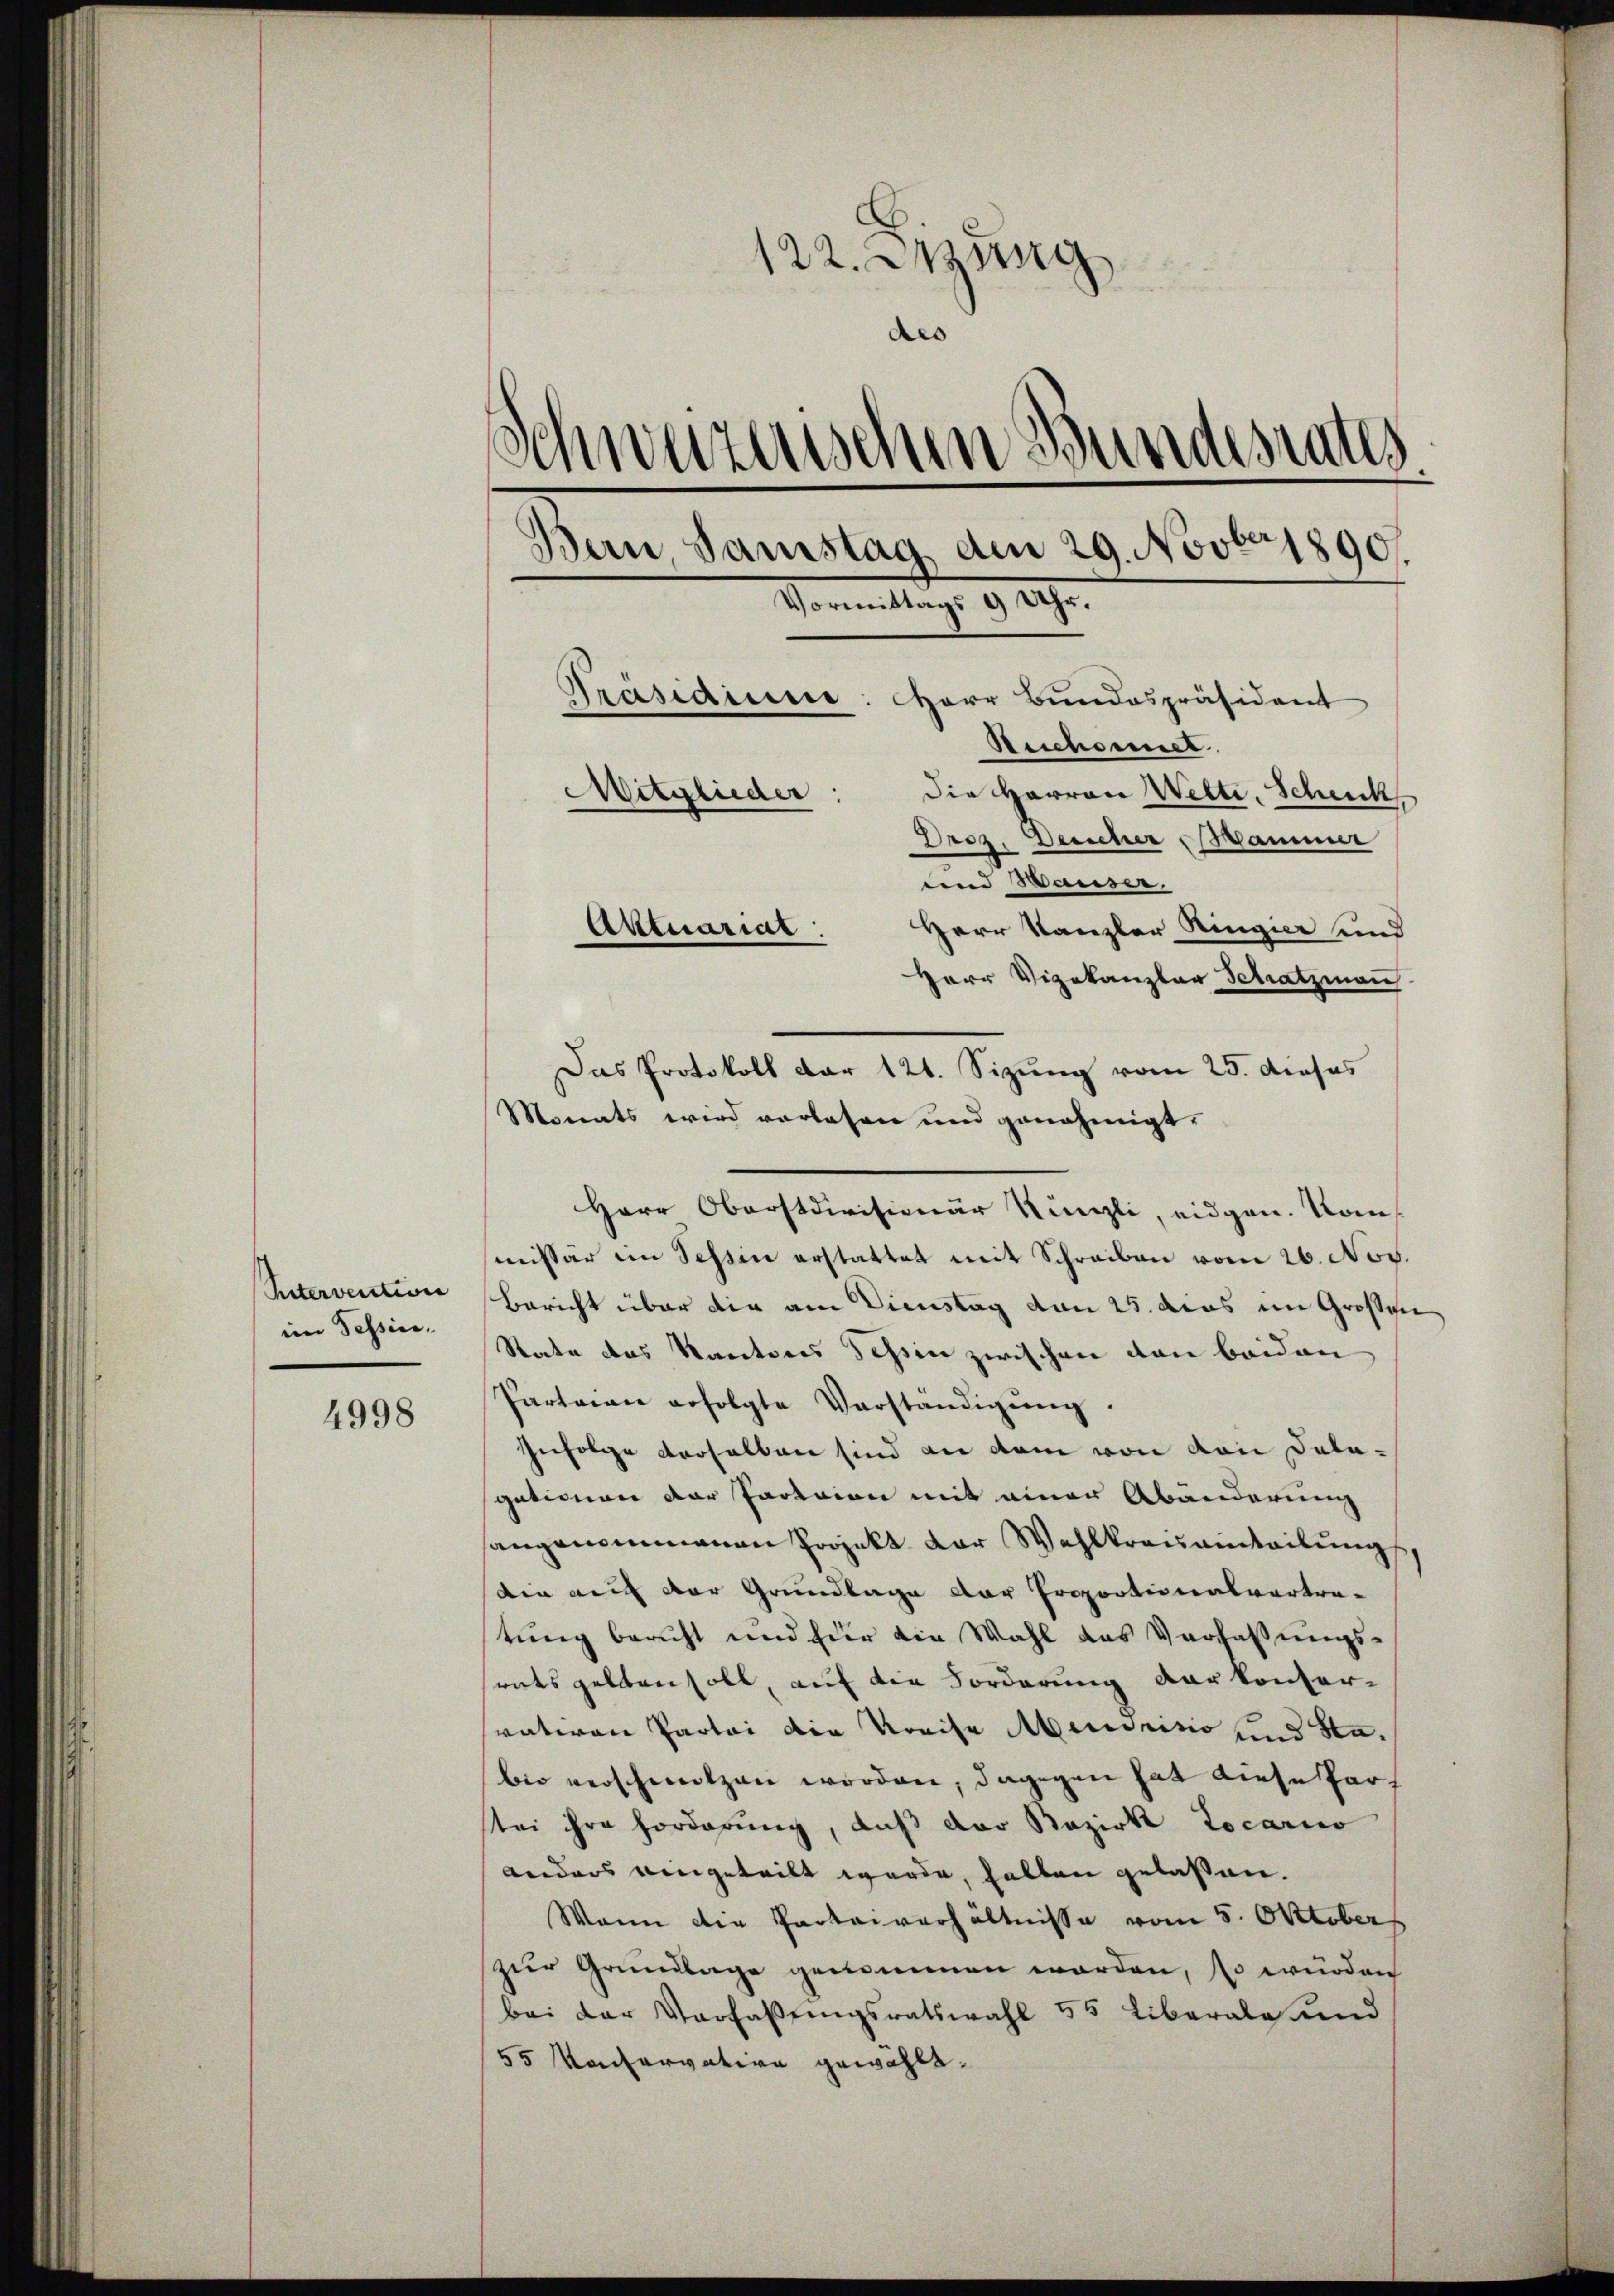
Ritervention
im Tessin.

4998

122. Jung
des
Schwarzenschen Bundesrates
Präsidiune: Herr Bundespräsident
Reichnet.
Die Herren Welti, Schick
Mitglieder:
Droz. Deucher Sammer
unnd Hauser.
Herr Kanzler Ringier und
Aktuariat.

u
Bern, Samstag am 29. Novber 1890.
Vormittags 9 Uhr.

Herr Vizekanzlar Schatzmann
Monats wird vorlesen und genehmigt.
Herr Oberstdivisionär Künzli, eidgen. Kons
missär im Sessen erstattet mit Schreiben vom 26. Nov.
Bericht über die am Dienstag von 25. das im Großen
State des Kantons Tessin zwischen von beiden
Parteien erfolgte Vorständigung.
Infolge derselben sind an dem von von Delagationen der Parteien mit einer Abänderung
angenommenen Projekt der Wahlkreisainteilung
die auf der Grundlage der Proportionalvertra-
tung bericht und für die Wahl das Verfassungsrats gelten soll, auf die Forderung der konfer-
vativen Partei die Kreise Abendrisis und Stabio verschmolzen worden, dagegen hat diese Pars
tei ihre Forderung, daß der Bezirk Locarico
anders eingeteilt werde, halten gelassen.
Wann die Parteiverhältnisse vom 5. Oktober
zur Grundlage genommen worden, so würden
bei der Verfaßungsratswahl 55 Liberale und
55 Maitarvative gewählt.

Das Protokoll dar 121. Sizung vom 25. dieses